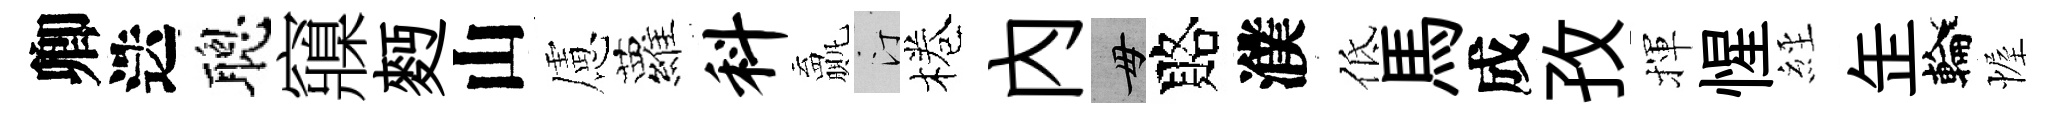
卿迭聰䆿麪山慮蘿料贏汀棬内毋賂濮低馬成孜揮惺𦀇𦈢輪幄